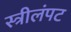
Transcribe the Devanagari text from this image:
स्त्रीलंपट